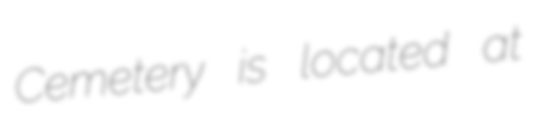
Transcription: Cemetery is located at